Document type: Enfranchisement
Year: 1297
Scribe: Jaume de Trilla
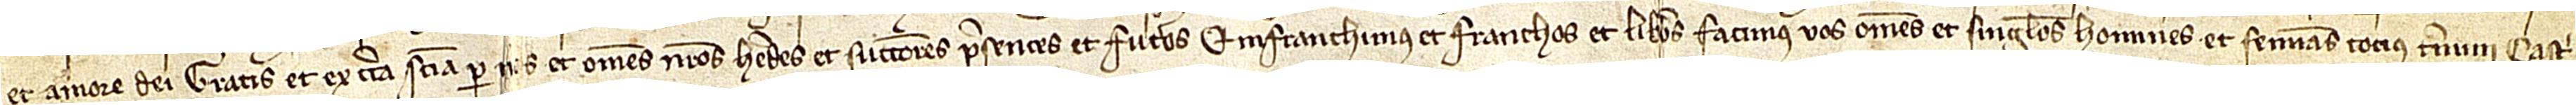
et amore Dei, gratis et ex certa sciencia per nos et omnes nostros heredes et successores presentes et futuros et infranchimus et franchos et liberos facimus vos omnes et singulos homines et feminas tocius termini castri